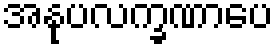
အနုပလက္ခဏာပေ